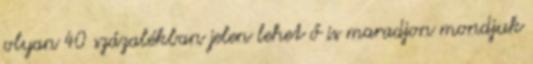
olyan 40 százalékban jelen lehet ő is maradjon mondjuk